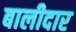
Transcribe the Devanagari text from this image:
बालीदार